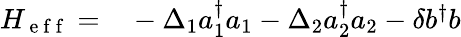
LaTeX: \begin{array}{rl}{H_{\mathrm{~e~f~f~}}=}&{{}-\Delta_{1}a_{1}^{\dagger}a_{1}-\Delta_{2}a_{2}^{\dagger}a_{2}-\delta b^{\dagger}b}\end{array}